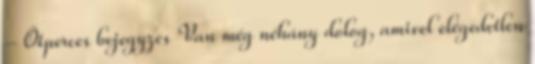
- Ötperces bejegyzés Van még néhány dolog, amivel elégedetlen